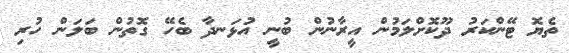
ތެޔޮ ޓޭންކަރު ދޫކޮށްލަމުން އީރާނުން ބުނީ އުޅަނދާ ބެހޭ ގޮތުން ބަލަން ހުރި